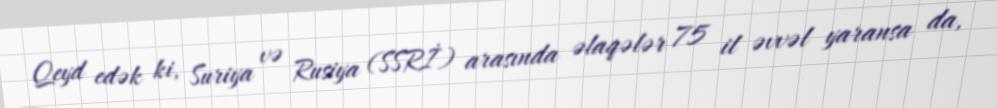
Qeyd edək ki, Suriya və Rusiya (SSRİ) arasında əlaqələr 75 il əvvəl yaransa da,